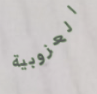
العزوبية